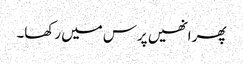
پھر انھیں پرس میں رکھا۔